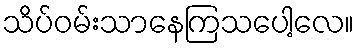
သိပ်ဝမ်းသာနေကြသပေါ့လေ။